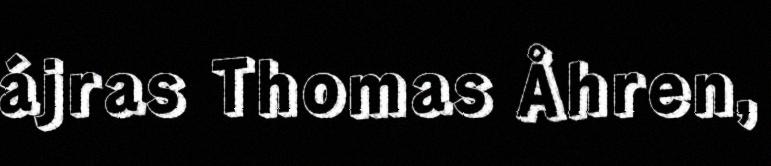
ájras Thomas Åhren,